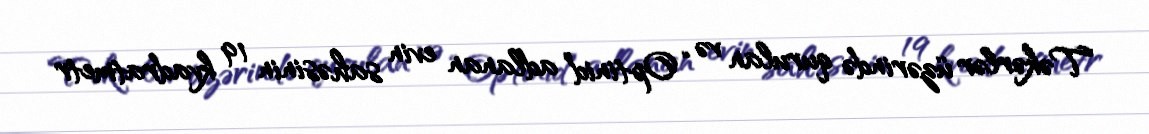
Təkərlər üzərində qurulan və “Optinid” adlanan evin sahəsinin 19 kvadratmetr